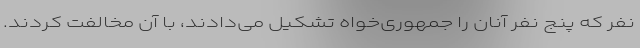
نفر که پنج نفر آنان را جمهوری‌خواه تشکیل می‌دادند، با آن مخالفت کردند.